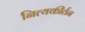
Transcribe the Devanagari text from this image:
नित्यकीर्तन